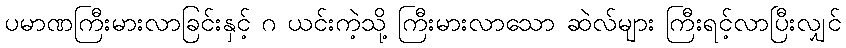
ပမာဏကြီးမားလာခြင်းနှင့် ဂ ယင်းကဲ့သို့ ကြီးမားလာသော ဆဲလ်များ ကြီးရင့်လာပြီးလျှင်